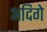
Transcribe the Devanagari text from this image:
अदिगे